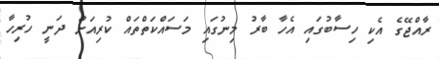
ރާއްޖޭގެ އެކި ހިސާބުގައި އެހާ ބާރު މިނުގައި މަސައްކަތްތައް ކުރިއަށް ދަނީ ހުރިހާ